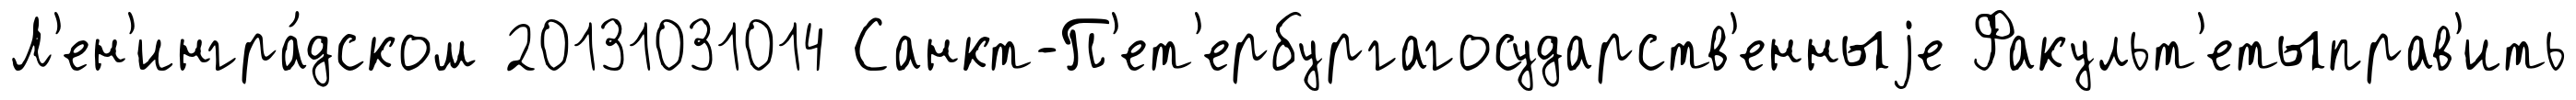
Л'ен'ингра́дском 20131031014 Санкт-П'ет'ербургагосударств'енныjе Факульт'етыправ'ить